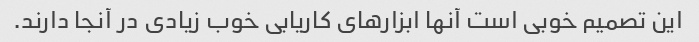
این تصمیم خوبی است آنها ابزارهای کاریابی خوب زیادی در آنجا دارند.